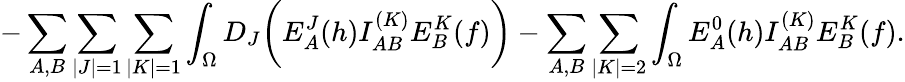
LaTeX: -\sum_{A,B}\sum_{\vert J\vert=1}\sum_{\vert K\vert=1}\int_{\Omega}D_{J}\biggl(E_{A}^{J}(h)I_{AB}^{(K)}E_{B}^{K}(f)\biggr)-\sum_{A,B}\sum_{\vert K\vert=2}\int_{\Omega}E_{A}^{0}(h)I_{AB}^{(K)}E_{B}^{K}(f).